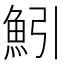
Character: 𫙒